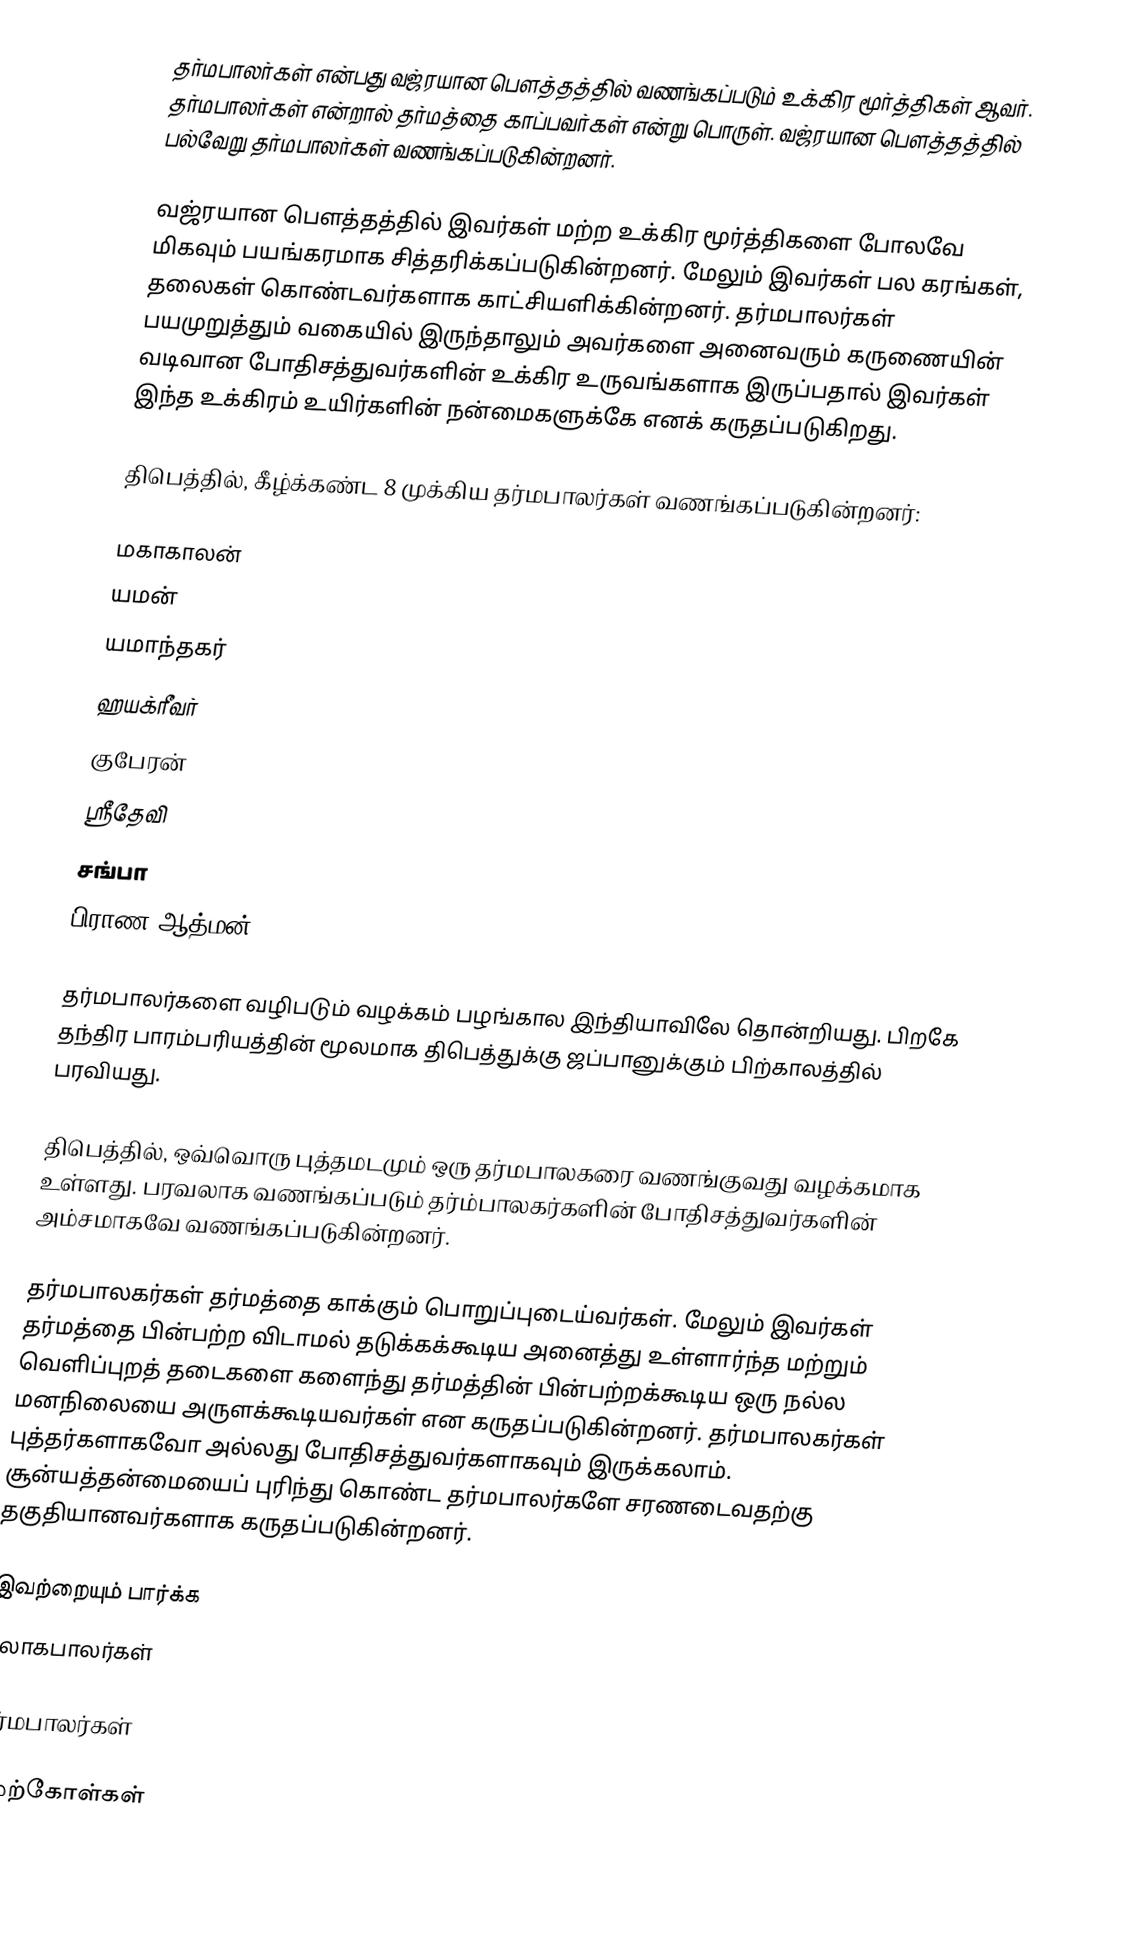
தர்மபாலர்கள் என்பது வஜ்ரயான பௌத்தத்தில் வணங்கப்படும் உக்கிர மூர்த்திகள் ஆவர். தர்மபாலர்கள் என்றால் தர்மத்தை காப்பவர்கள் என்று பொருள். வஜ்ரயான பௌத்தத்தில் பல்வேறு தர்மபாலர்கள் வணங்கப்படுகின்றனர்.

வஜ்ரயான பௌத்தத்தில் இவர்கள் மற்ற உக்கிர மூர்த்திகளை போலவே மிகவும் பயங்கரமாக சித்தரிக்கப்படுகின்றனர். மேலும் இவர்கள் பல கரங்கள், தலைகள் கொண்டவர்களாக காட்சியளிக்கின்றனர். தர்மபாலர்கள் பயமுறுத்தும் வகையில் இருந்தாலும் அவர்களை அனைவரும் கருணையின் வடிவான போதிசத்துவர்களின் உக்கிர உருவங்களாக இருப்பதால் இவர்கள் இந்த உக்கிரம் உயிர்களின் நன்மைகளுக்கே எனக் கருதப்படுகிறது.

திபெத்தில், கீழ்க்கண்ட 8 முக்கிய தர்மபாலர்கள் வணங்கப்படுகின்றனர்:

 மகாகாலன்
 யமன்
 யமாந்தகர்
 ஹயக்ரீவர்
 குபேரன்
 ஸ்ரீதேவி
 சங்பா
 பிராண ஆத்மன்

தர்மபாலர்களை வழிபடும் வழக்கம் பழங்கால இந்தியாவிலே தொன்றியது. பிறகே தந்திர பாரம்பரியத்தின் மூலமாக திபெத்துக்கு ஜப்பானுக்கும் பிற்காலத்தில் பரவியது.

திபெத்தில், ஒவ்வொரு புத்தமடமும் ஒரு தர்மபாலகரை வணங்குவது வழக்கமாக உள்ளது. பரவலாக வணங்கப்படும் தர்ம்பாலகர்களின் போதிசத்துவர்களின் அம்சமாகவே வணங்கப்படுகின்றனர்.

தர்மபாலகர்கள் தர்மத்தை காக்கும் பொறுப்புடைய்வர்கள். மேலும் இவர்கள் தர்மத்தை பின்பற்ற விடாமல் தடுக்கக்கூடிய அனைத்து உள்ளார்ந்த மற்றும் வெளிப்புறத் தடைகளை களைந்து தர்மத்தின் பின்பற்றக்கூடிய ஒரு நல்ல மனநிலையை அருளக்கூடியவர்கள் என கருதப்படுகின்றனர். தர்மபாலகர்கள் புத்தர்களாகவோ அல்லது போதிசத்துவர்களாகவும் இருக்கலாம். சூன்யத்தன்மையைப் புரிந்து கொண்ட தர்மபாலர்களே சரணடைவதற்கு தகுதியானவர்களாக கருதப்படுகின்றனர்.

இவற்றையும் பார்க்க
 லோகபாலர்கள்

தர்மபாலர்கள்

மேற்கோள்கள்